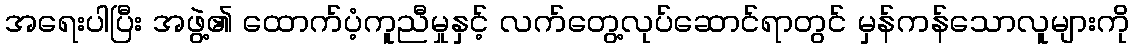
အရေးပါပြီး အဖွဲ့၏ ထောက်ပံ့ကူညီမှုနှင့် လက်တွေ့လုပ်ဆောင်ရာတွင် မှန်ကန်သောလူများကို